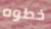
خطوه